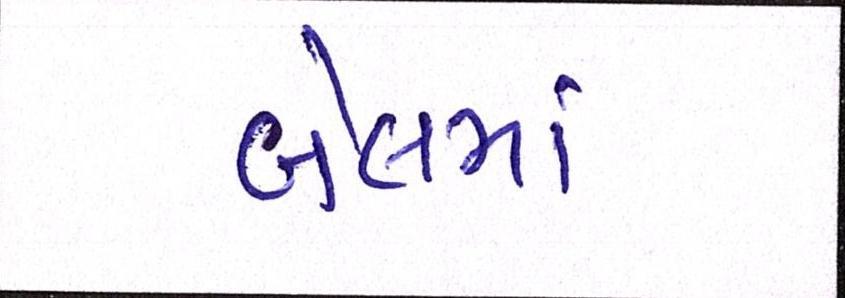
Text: બેલમાં